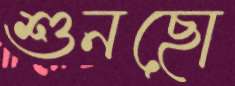
শুনছো